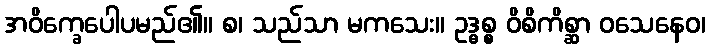
အဝိက္ခေပေါပမည်၏။ စ၊ သည်သာ မကသေး။ ဥဒ္ဓစ္စ ဝိစိကိစ္ဆာ ဝသေနေဝ၊